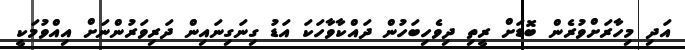
އަދި މިހާރަށްވުރެން ބޮޑަށް ރީތި ދިވެހިބަހުން ދައްކާވާހަކަ އަޑު ގިނަގިނައިން ދަރިވަރުންނަށް އިއްވުމަކީ